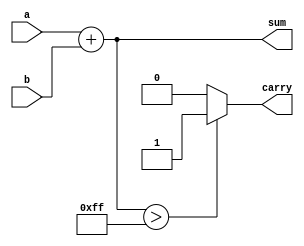
module behavioral_model (
    input wire [7:0] a,        // 8-bit input signal a
    input wire [7:0] b,        // 8-bit input signal b
    output reg [8:0] sum,      // 9-bit output signal for sum
    output reg carry           // Carry output
);

// Task to perform addition and generate carry
task perform_addition;
    input [7:0] in_a;
    input [7:0] in_b;
    output [8:0] out_sum;
    output out_carry;
    begin
        out_sum = in_a + in_b; // Perform addition
        out_carry = (out_sum > 8'hFF) ? 1'b1 : 1'b0; // Set carry if sum exceeds 8 bits
    end
endtask

// Continuous assignment using non-blocking assignment
always @(*) begin
    // Invoke the task to perform addition
    perform_addition(a, b, sum, carry);
end

endmodule